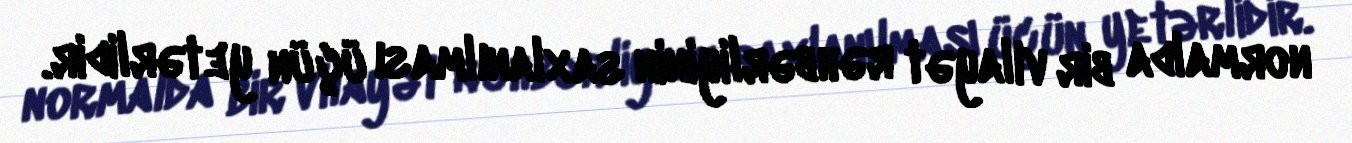
normalda bir vilayət rəhbərliyinin saxlanılması üçün yetərlidir.